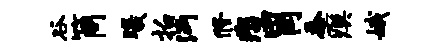
谷筒曦拍沔修悲胃忝瘼娥